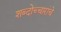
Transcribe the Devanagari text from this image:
शब्दोच्चारांचे